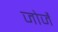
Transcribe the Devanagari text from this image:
जोर्जे